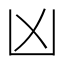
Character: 凶